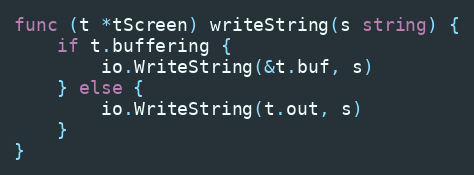
Language: Go
func (t *tScreen) writeString(s string) {
	if t.buffering {
		io.WriteString(&t.buf, s)
	} else {
		io.WriteString(t.out, s)
	}
}